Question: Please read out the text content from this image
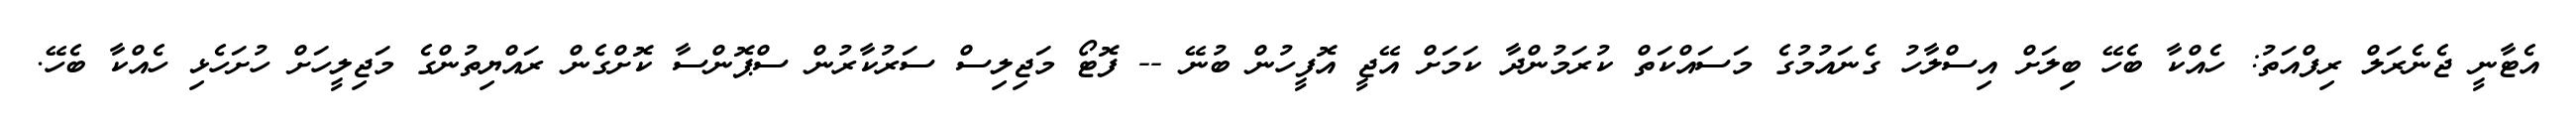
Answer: އެޓާނީ ޖެނެރަލް ރިފްއަތު: ހެއްކާ ބެހޭ ބިލަށް އިސްލާހު ގެނައުމުގެ މަސައްކަތް ކުރަމުންދާ ކަމަށް އޭޖީ އޮފީހުން ބުނޭ -- ފޮޓޯ މަޖިލިސް ސަރުކާރުން ސްޕޮންސާ ކޮށްގެން ރައްޔިތުންގެ މަޖިލީހަށް ހުށަހެޅި ހެއްކާ ބެހޭ.